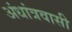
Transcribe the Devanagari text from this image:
अंधांत्रवासी